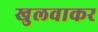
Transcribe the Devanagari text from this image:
खुलवाकर